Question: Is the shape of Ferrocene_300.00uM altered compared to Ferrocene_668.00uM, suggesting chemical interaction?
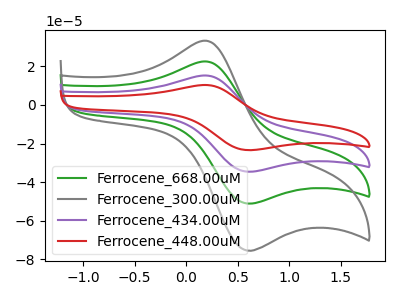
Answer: <think>The green curve "Ferrocene_668.00uM" has an anodic peak at (0.20V, 22.50uA) and a cathodic peak at (0.55V, -50.80uA). The gray curve "Ferrocene_300.00uM" has an anodic peak at (0.20V, 33.25uA) and a cathodic peak at (0.55V, -75.05uA). The purple curve "Ferrocene_434.00uM" has an anodic peak at (0.20V, 45.05uA) and a cathodic peak at (0.55V, -101.65uA). The red curve "Ferrocene_448.00uM" has an anodic peak at (0.20V, 67.55uA) and a cathodic peak at (0.55V, -152.45uA).
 All the peaks in "Ferrocene_300.00uM" have a peak in "Ferrocene_668.00uM" at the same potential. Every peak in "Ferrocene_300.00uM" is higher than every peak in "Ferrocene_668.00uM".</think>
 <answer>No, "Ferrocene_300.00uM" and "Ferrocene_668.00uM" don't appear to be significantly different in shape</answer>
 <eval>no_change</eval>